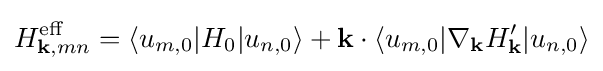
H_{\mathbf {k} ,mn}^{\rm {eff}}=\langle u_{m,0}|H_{0}|u_{n,0}\rangle +\mathbf {k} \cdot \langle u_{m,0}|\nabla _{\mathbf {k} }H_{\mathbf {k} }'|u_{n,0}\rangle